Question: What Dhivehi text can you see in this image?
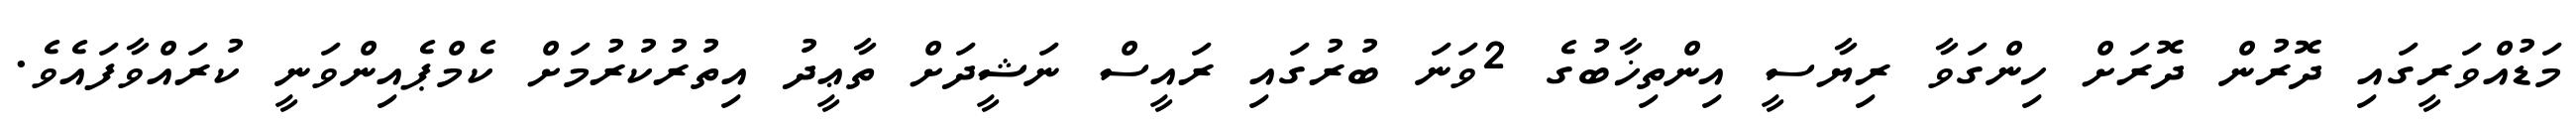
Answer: މަޑުއްވަރީގައި ދޮރުން ދޮރަށް ހިންގަވާ ރިޔާސީ އިންތިޚާބުގެ 2ވަނަ ބުރުގައި ރައީސް ނަޝީދަށް ތާޢީދު އިތުރުކުރުމަށް ކެމްޕެއިންވަނީ ކުރައްވާފައެވެ.